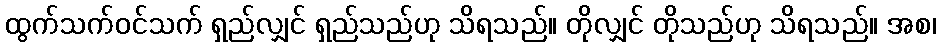
ထွက်သက်ဝင်သက် ရှည်လျှင် ရှည်သည်ဟု သိရသည်။ တိုလျှင် တိုသည်ဟု သိရသည်။ အစ၊